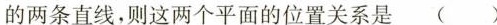
的两条直线，则这两个平面的位置关系是( )